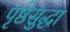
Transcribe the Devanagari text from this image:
पृष्ठेसुद्धा